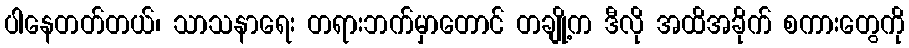
ပါနေတတ်တယ်၊ သာသနာရေး တရားဘက်မှာတောင် တချို့က ဒီလို အထိအခိုက် စကားတွေကို